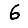
Digit: 6